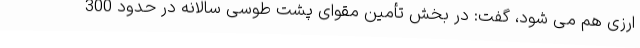
ارزی هم می شود، گفت: در بخش تأمین مقوای پشت طوسی سالانه در حدود 300